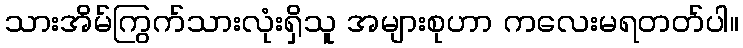
သားအိမ်ကြွက်သားလုံးရှိသူ အများစုဟာ ကလေးမရတတ်ပါ။